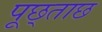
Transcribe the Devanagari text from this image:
पूछ्ताछ